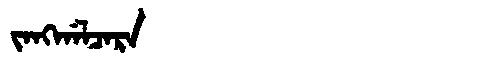
Manchu: ᠵᠠᠩᡤᠠᠯᠴᠠᡵᠠ
Romanization: JANGGALCARA